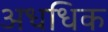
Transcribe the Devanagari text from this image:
अधधिक